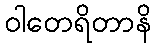
ဝါတေရိတာနိ